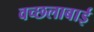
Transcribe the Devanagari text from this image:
वच्छलाबाई